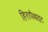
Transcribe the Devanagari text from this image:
हिरापैथाइट